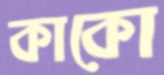
কাকো